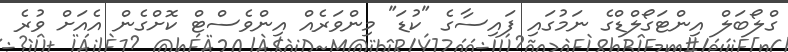
ގްލޯބަލް އިންޓަގޯލްޑްގެ ނަމުގައި ފައިސާގެ "ކުޑަ" މިންވަރެއް އިންވެސްޓް ކޮށްގެން އެއަށް ވުރެ